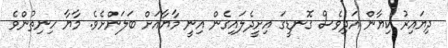
ދިޔައިރު ކިޔާން އަދިވެސް ގޮނޑީގަ އިށީދެލައިގެން އިނީ މާޔާއަށް ބަލަންށެވެ. މާޔާ ހިނިތުންވެ